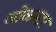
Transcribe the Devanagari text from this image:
जोकस्टर